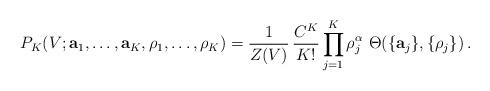
LaTeX: \begin{align*}P_K(V; {\bf a}_1, \ldots, {\bf a}_K, \rho_1, \ldots, \rho_K) =\frac{1}{Z(V)} \, \frac{C^K}{K!}\prod_{j=1}^{K}\rho_j^{\alpha} \ \Theta(\{{\bf a}_j\},\{\rho_j\}) \,.\end{align*}